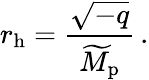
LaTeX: r_{\mathrm{h}}={\frac{\sqrt{-q}}{\widetilde{M}_{\mathrm{p}}}}\, .